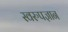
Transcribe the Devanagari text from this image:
स्वरुपज्ञान